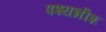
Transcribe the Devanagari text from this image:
पश्यन्नीश